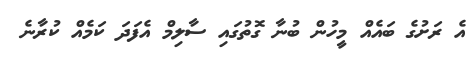
އެ ރަށުގެ ބައެއް މީހުން ބުނާ ގޮތުގައި ސާލިމް އެފަދަ ކަމެއް ކުރާނެ